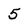
Character: 5